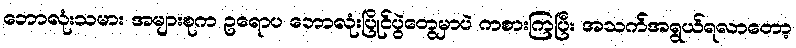
ဘောလုံးသမား အများစုက ဥရောပ ဘောလုံးပြိုင်ပွဲတွေမှာပဲ ကစားကြပြီး အသက်အရွယ်ရလာတော့